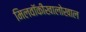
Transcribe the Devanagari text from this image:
मिलवॉकीखालोखाल